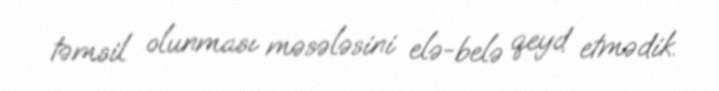
təmsil olunması məsələsini elə-belə qeyd etmədik.